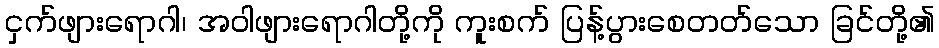
ငှက်ဖျားရောဂါ၊ အဝါဖျားရောဂါတို့ကို ကူးစက် ပြန့်ပွားစေတတ်သော ခြင်တို့၏